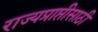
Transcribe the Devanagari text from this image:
राज्यप्राप्तीसाठी